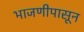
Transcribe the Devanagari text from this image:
भाजणीपासून